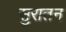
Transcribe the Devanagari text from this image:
सुरातन